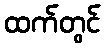
ထက်တွင်